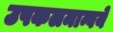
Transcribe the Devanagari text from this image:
उपकलमान्वये